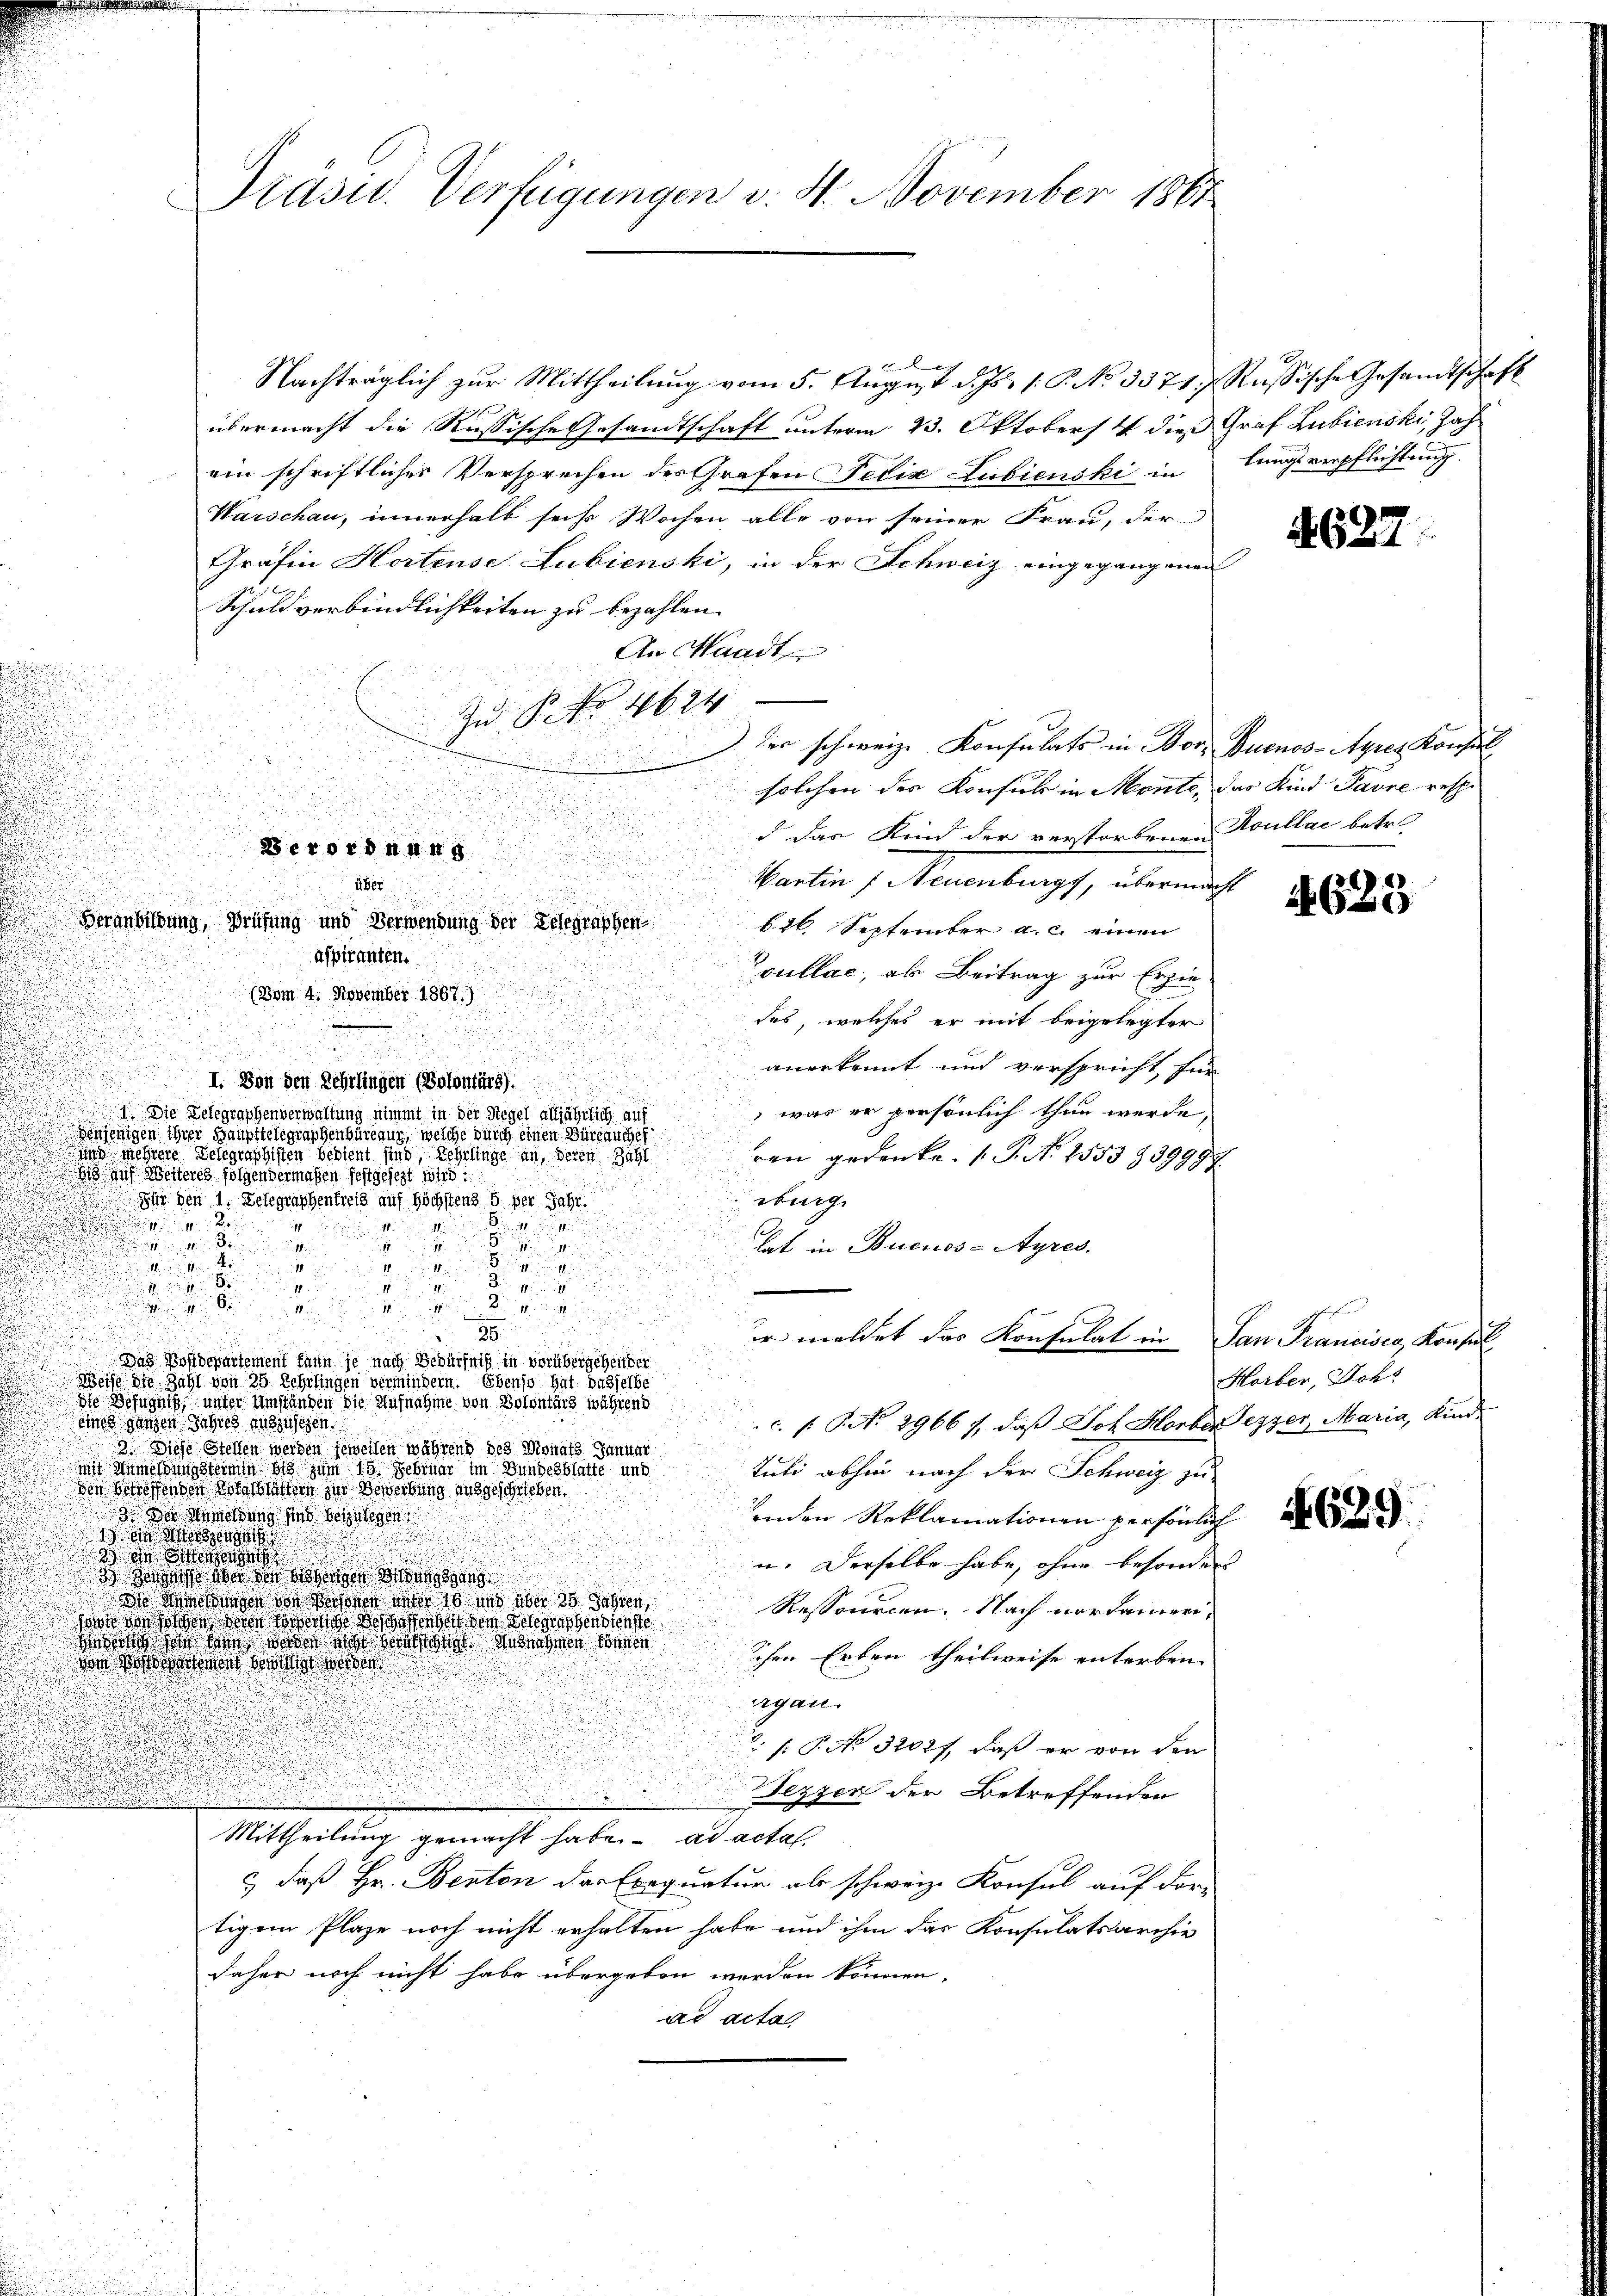
e
Nachträglich zur Mittheilung vom 5. August d. Js. 1. P. No 3371. Russische Gesandtschaft
übermacht die Russische Gesandtschaft unterm 23. Oktobers & dieß Graf Lubienski, Zahein schriftliches Versprechen des Grafen Felix Lubienski in
Warschau, innerhalb sechs Wochen alle von seiner Frau, der
Gräfin Hortense Lubienski, in der Schweiz eingegangenen
Schuldverbindlichkeiten zu bezahlen.
An Standt
1
Zu P. Nr. 4624
) der schweiz. Konsulats in Bor. Buenos-Ayres Konsul
solchen des Konsul in Monte, das Kind Pavre resp.
d das Kind der verstorbenen Koullac betr.
Cartin : Neuenburgs, übermacht
b. 26. September a. c. einen
aspiranten.
vullac, als Beitrag zur Erzie¬
(Vom 4. November 1867.)
des, welches er mit beigelegter
d
anerkennt und verspricht, für
I. Von den Lehrlingen (Solontärs).
 was er persönlich thun werde,
 Die Delegraphenverwaltung nimmt in der Regel alljährlich auf
njenigen ihrer Haupttelegraphenbüreau, welche durch einen Büreauches
n mehrere Belegraphisten bedient sind, Lehrlinge an, deren Gatt
ren gedenke. (T. N. 2555739997
  auf Weiteres folgendermaßen festgesezt wird.
burg
 Für den 1. Delegraphentreis auf höchstens 5 per Jahr.
x

8

hat in Buenos-Ayres.

igen gege
ill i

Sie genug
g

u
.
gegen den
u
2

r meldet das Konsulat in
.
Das Postdepartement kann je nach Bedürfniß in vorübergehender
d
Messe die Zahl von 35 Lehrlingen vermindern. Ebenso hat besselbe
die Befugniß unter Umständen die Aufnahme von Bolontärs während
c. s. S. No. 29667, daß Joh. Horber Lezzer, Maria, Kindeines ganzen Jahres auszusehen.
.
3. Diese Stellen werden jeweilen während des Monats Januar
 Anmeldung stermin bis zum 15. Februar im Bundesblatte und
tuti abhin nach der Schweiz zu
Den Betreffenden Stallasten zur Bewerbung ausgeschrieben.
  Anmeldung sind beizulegen
inden Reklamationen persönlich
 einge
s
33
u. Derselbe habe, ohne besonder
3 hat aber der beigen
 i den nicht von des 10 und über 20 Jahren
Ressourcen. Nach vordamer
Was ist dere sie dos der von Schausendente
 sah ich sie wir der sich bestatt den kann
schen Erben theilweise enterben.
Der Bedenen Balle ander
rgan.
: P. Nr. 3200f, daß er von den
ezzen der Betreffenden
Mittheilung gemacht habe. ad acta
& daß Hr. Benten das Exequatur als schweiz. Konsul auf der-
tigem Plaze noch nicht erhalten habe und ihm das Konsulatsarchiv
daher noch nicht habe übergeben werden können,
ad acta

Präsid. Verfügungen v. 4. November 1867

Berordnung
über
Beranbildung, Prüfung und Verwendung der Delegraphen

lungsverpflichtung.

627

4629

Schrechen und
San Francisca Konsul
Horber, Johs

629.